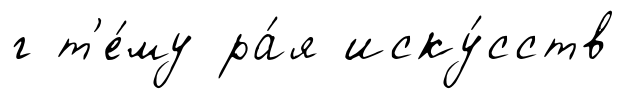
г т'е́му ра́я иску́сств